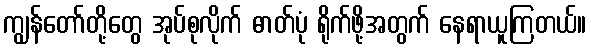
ကျွန်တော်တို့တွေ အုပ်စုလိုက် ဓာတ်ပုံ ရိုက်ဖို့အတွက် နေရာယူကြတယ်။